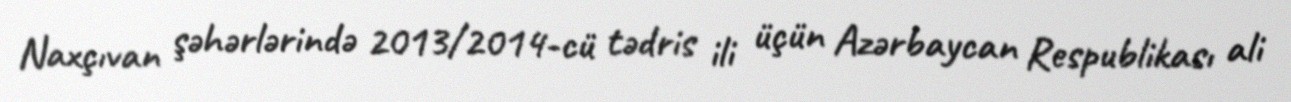
Naxçıvan şəhərlərində 2013/2014-cü tədris ili üçün Azərbaycan Respublikası ali